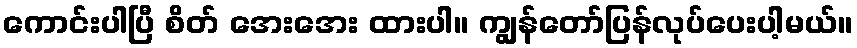
ကောင်းပါပြီ စိတ် အေးအေး ထားပါ။ ကျွန်တော်ပြန်လုပ်ပေးပါ့မယ်။